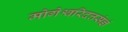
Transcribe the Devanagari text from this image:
मोगेश्वरिदत्तसंज्ञं